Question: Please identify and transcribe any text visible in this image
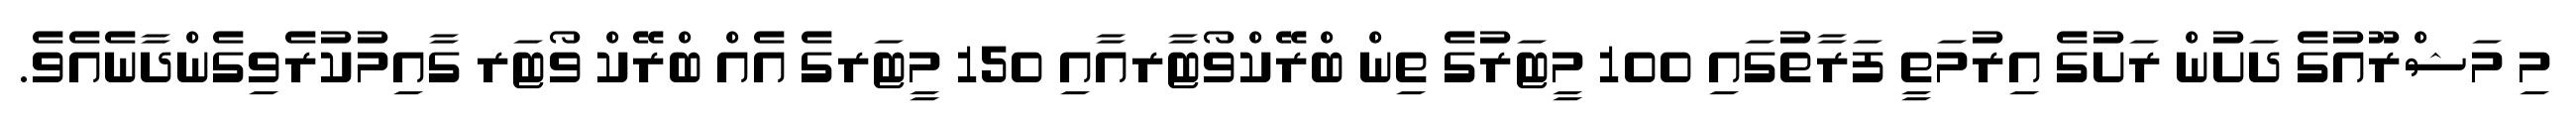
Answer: މި މަޝްރޫއުގެ ދަށުން ރަށުގެ އިރުމަތީ ފަރާތުގައި 100 މީޓަރުގެ ތިން ބްރޭކްވޯޓާރއާއި 150 މީޓަރގެ އެއް ބްރޭކް ވޯޓަރ ގާއިމުކުރެވިގެންދާނެއެވެ.